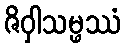
ဇိဝှါသမ္ဖဿံ